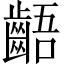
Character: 齬